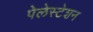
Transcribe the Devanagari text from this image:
पेलेस्टेशन